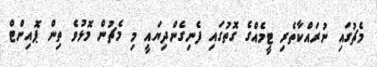
މެޗުގައި ނުރައްކާތެރި ޓީމެއްގެ ގޮތުގައި ފެނިގެންދިޔައީ މި މެޗުން މޮޅުވެ ތިން ޕޮއިންޓް